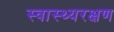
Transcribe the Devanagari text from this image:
स्वास्थ्यरक्षण